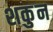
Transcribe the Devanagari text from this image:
शकुुन